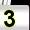
Digit: 3